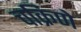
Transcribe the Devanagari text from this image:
चक्रिणे